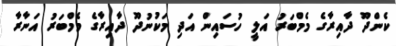
ކެންދޫ ދާއިރާގެ މެމްބަރު އަލީ ހުސައިން އަދި މަކުނުދޫ ދާއިރާގެ މެމްބަރު އަނާރާ